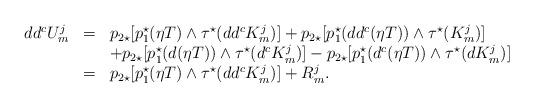
LaTeX: \begin{align*}\begin{array}{lcl}dd^cU_m^j &=&p_{2\star}[p_1^\star(\eta T) \wedge \tau^\star(dd^cK_m^j)]+p_{2\star}[p_1^\star(dd^c(\eta T))\wedge \tau^\star(K_m^j)] \\&\ & +p_{2\star}[p_1^\star(d(\eta T)) \wedge\tau^\star(d^cK_m^j)]-p_{2\star}[p_1^\star(d^c(\eta T))\wedge\tau^\star(dK_m^j)]\\&=&p_{2\star}[p_1^\star(\eta T) \wedge \tau^\star(dd^cK_m^j)]+R_m^j.\end{array}\end{align*}